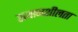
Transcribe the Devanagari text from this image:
उत्थानशीलता